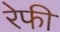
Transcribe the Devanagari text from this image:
रेफी